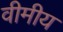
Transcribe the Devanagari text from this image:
वीमीय